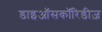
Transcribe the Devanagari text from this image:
डाइऑसकॉरिडीज़